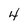
Character: 4